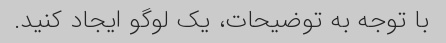
با توجه به توضیحات، یک لوگو ایجاد کنید.